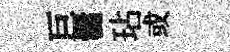
巨爨玷或